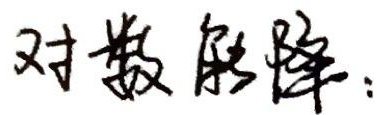
对数的降: